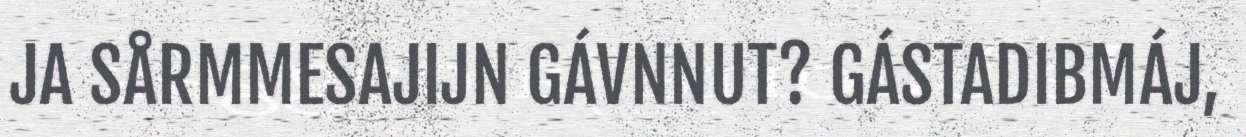
JA SÅRMMESAJIJN GÁVNNUT? GÁSTADIBMÁJ,